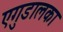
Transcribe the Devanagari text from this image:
एगुडालका